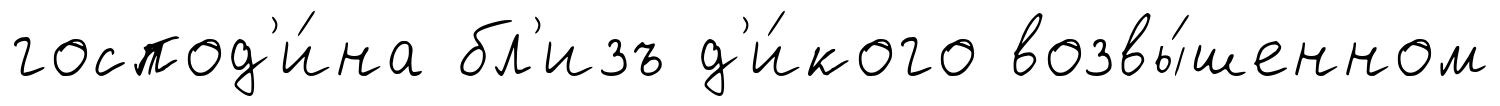
господ'и́на бл'изъ д'и́кого возвы́шенном